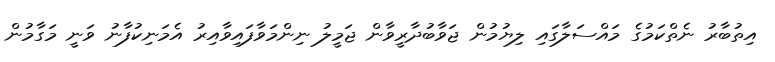
އިތުބާރު ނެތްކަމުގެ މައްސަލާގައި ލިޔުމުން ޖަވާބުދާރީވާން ޖަމީލު ނިންމަވާފައިވާއިރު އެމަނިކުފާނު ވަނީ މަގާމުން